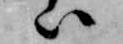
ハ